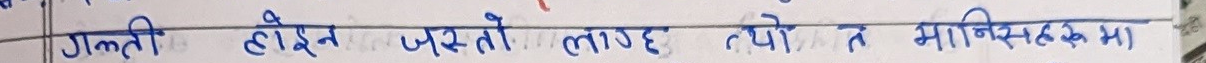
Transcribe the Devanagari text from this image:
गलती होसते जस्तो लाग्छ त्यहो र मानसिकमा